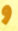
و